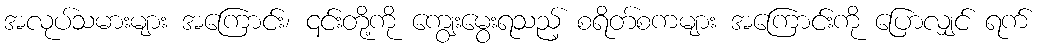
အလုပ်သမားများ အကြောင်း၊ ၎င်းတို့ကို ကျွေးမွေးရသည့် စရိတ်စကများ အကြောင်းကို ပြောလျှင် ရက်